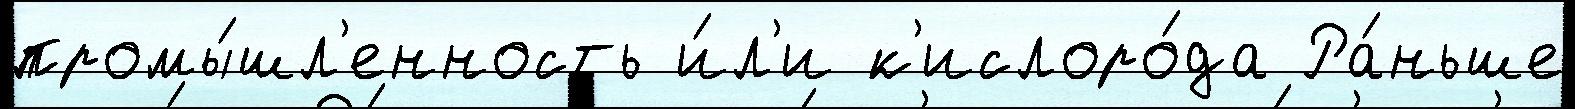
промы́шл'енность и́л'и к'ислоро́да Ра́ньше